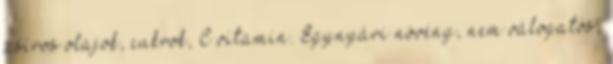
zsíros olajok, cukrok, C vitamin. Egynyári növény, nem válogatós,